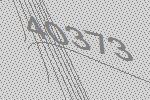
40373